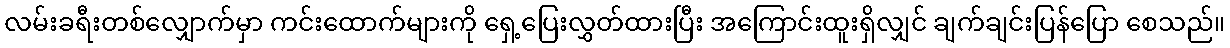
လမ်းခရီးတစ်လျှောက်မှာ ကင်းထောက်များကို ရှေ့ပြေးလွှတ်ထားပြီး အကြောင်းထူးရှိလျှင် ချက်ချင်းပြန်ပြော စေသည်။